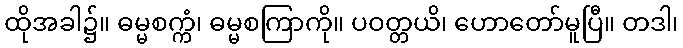
ထိုအခါ၌။ ဓမ္မစက္ကံ၊ ဓမ္မစကြာကို။ ပဝတ္တယိ၊ ဟောတော်မူပြီ။ တဒါ၊